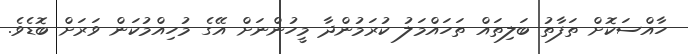
ހާއްސަކޮށް ތަފާތު ބަލިތައް ތަހައްމަލު ކުރަމުންދާ މީހުންނަށް އޭގެ މުހިއްމުކަން ވަރަށް ބޮޑެވެ.